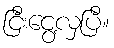
ငြီးငွေ့လှပြီ။